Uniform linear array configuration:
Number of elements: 16
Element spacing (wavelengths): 0.25
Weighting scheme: blackman
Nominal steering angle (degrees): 15
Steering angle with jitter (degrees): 14.853
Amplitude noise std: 0.05
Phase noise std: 0.05

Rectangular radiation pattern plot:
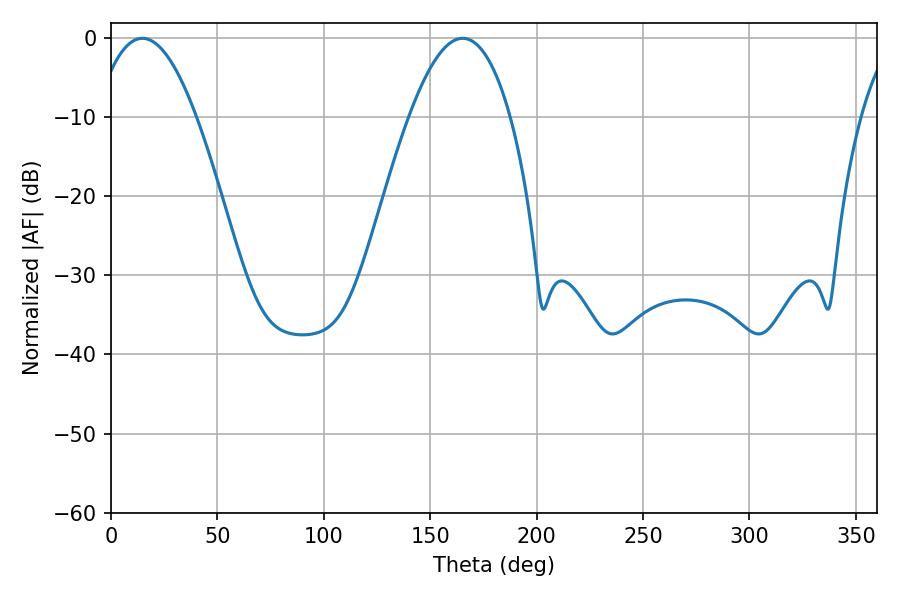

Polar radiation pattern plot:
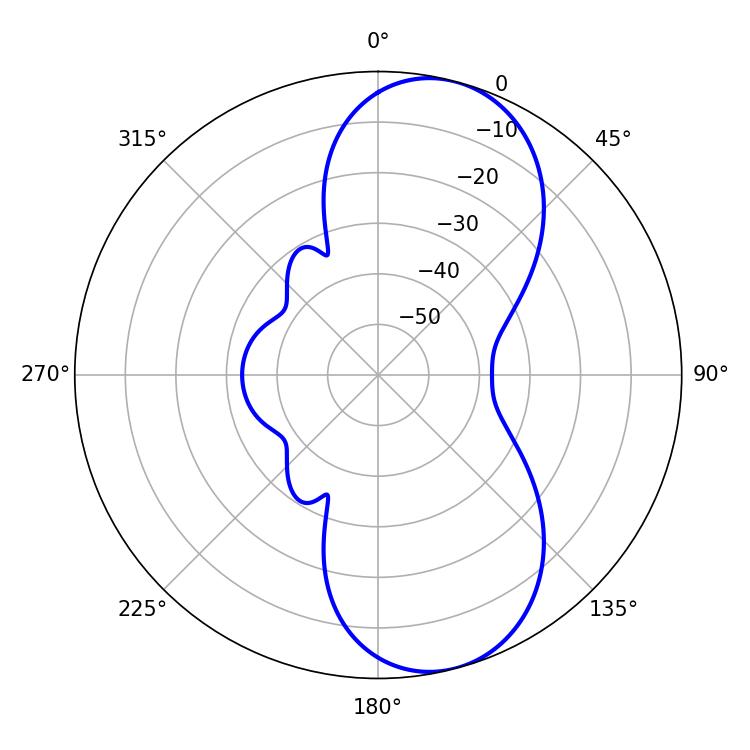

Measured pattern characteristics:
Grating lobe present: FALSE
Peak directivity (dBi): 8.859
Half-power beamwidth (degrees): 26.1
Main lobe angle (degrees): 14.76